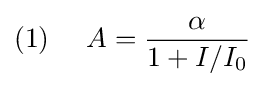
(1)~~~~A={\frac {\alpha }{1+I/I_{0}}}